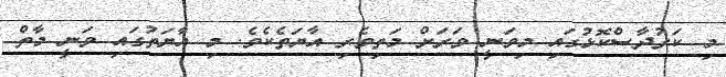
މި ކަރުދާސްކޮޅުގައި މިވަނީ ވަރަށް މަތިވެރި އާޔަތެކެވެ. މި އާޔަތުގައި ވަނީ މާތް